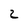
Character: 2